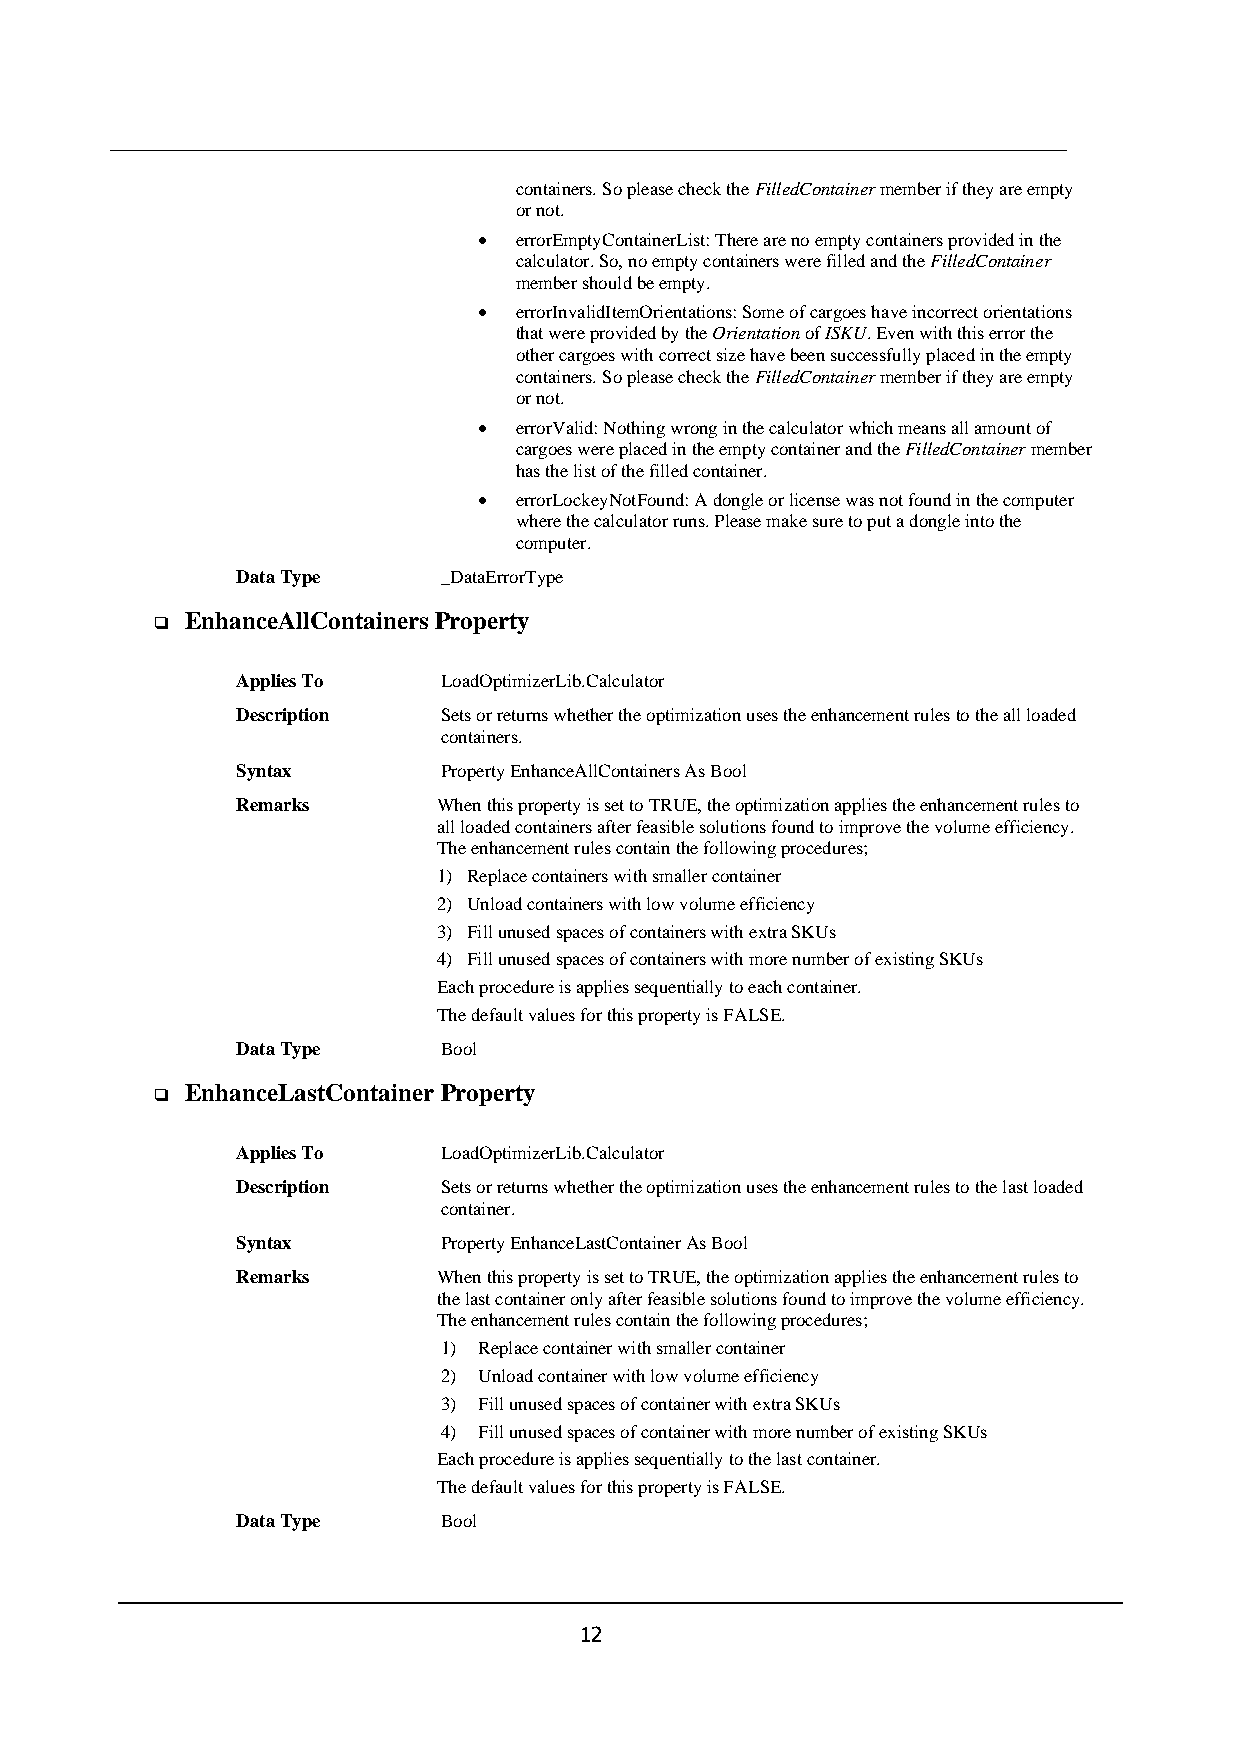
containers. So please check the FilledContainer member if they are empty
 or not.
 • errorEmptyContainerList: There are no empty containers provided in the
 calculator. So, no empty containers were filled and the FilledContainer
 member should be empty.
 • errorInvalidItemOrientations: Some of cargoes have incorrect orientations
 that were provided by the Orientation of ISKU. Even with this error the
 other cargoes with correct size have been successfully placed in the empty
 containers. So please check the FilledContainer member if they are empty
 or not.
 • errorValid: Nothing wrong in the calculator which means all amount of
 cargoes were placed in the empty container and the FilledContainer member
 has the list of the filled container.
 • errorLockeyNotFound: A dongle or license was not found in the computer
 where the calculator runs. Please make sure to put a dongle into the
 computer.
 Data Type    _DataErrorType
 EnhanceAllContainers Property
 ❑
 Applies To   LoadOptimizerLib.Calculator
 Description  Sets or returns whether the optimization uses the enhancement rules to the all loaded
 containers.
 Syntax       Property EnhanceAllContainers As Bool
 Remarks      When this property is set to TRUE, the optimization applies the enhancement rules to
 all loaded containers after feasible solutions found to improve the volume efficiency.
 The enhancement rules contain the following procedures;
 1) Replace containers with smaller container
 2) Unload containers with low volume efficiency
 3) Fill unused spaces of containers with extra SKUs
 4) Fill unused spaces of containers with more number of existing SKUs
 Each procedure is applies sequentially to each container.
 The default values for this property is FALSE.
 Data Type    Bool
 EnhanceLastContainer Property
 ❑
 Applies To   LoadOptimizerLib.Calculator
 Description  Sets or returns whether the optimization uses the enhancement rules to the last loaded
 container.
 Syntax       Property EnhanceLastContainer As Bool
 Remarks      When this property is set to TRUE, the optimization applies the enhancement rules to
 the last container only after feasible solutions found to improve the volume efficiency.
 The enhancement rules contain the following procedures;
 1) Replace container with smaller container
 2) Unload container with low volume efficiency
 3) Fill unused spaces of container with extra SKUs
 4) Fill unused spaces of container with more number of existing SKUs
 Each procedure is applies sequentially to the last container.
 The default values for this property is FALSE.
 Data Type    Bool
 12